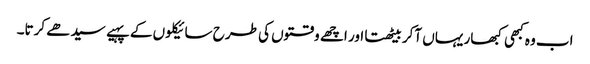
اب وہ کبھی کبھار یہاں آکر بیٹھتا اور اچھے وقتوں کی طرح سائیکلوں کے پہیے سیدھے کرتا۔